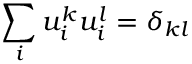
\sum _ { i } u _ { i } ^ { k } u _ { i } ^ { l } = \delta _ { k l }